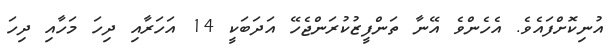
އުނިކޮށްފައެވެ. އެހެންވެ އޭނާ ތަންފީޒުކުރަންޖެހޭ އަދަބަކީ 14 އަހަރާއި ދިހަ މަހާއި ދިހަ